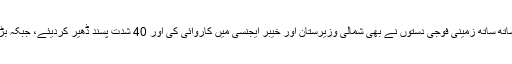
برطانوی خبررساں ادارے رائٹر کے مطابق، 20 فروری کو فضائیہ کے ساتھ ساتھ زمینی فوجی دستوں نے بھی شمالی وزیرستان اور خیبر ایجنسی میں کاروائی کی اور 40 شدت پسند ڈھیر کردیئے، جبکہ بڑے پیمانے پر بارود کی فیکٹری اور اسلحہ کے ذخیرے تباہ کر دیئے گئے۔